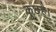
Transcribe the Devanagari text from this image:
कुछहै।